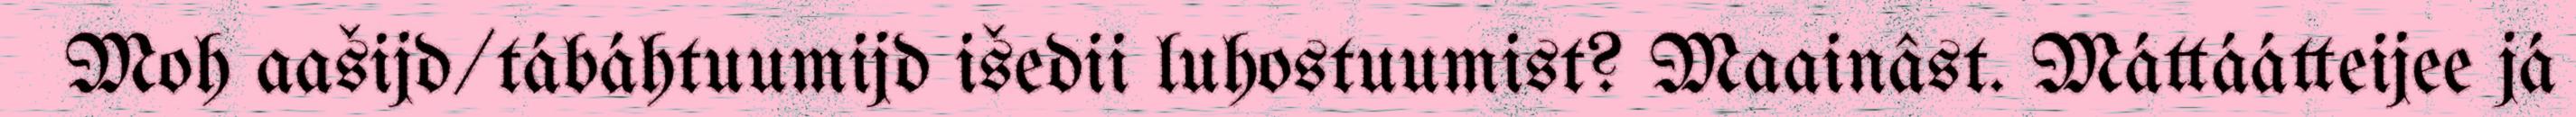
Moh aašijd/tábáhtuumijd išedii luhostuumist? Maainâst. Máttáátteijee já